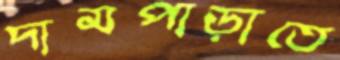
দামপাড়াতে